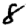
Digit: 8